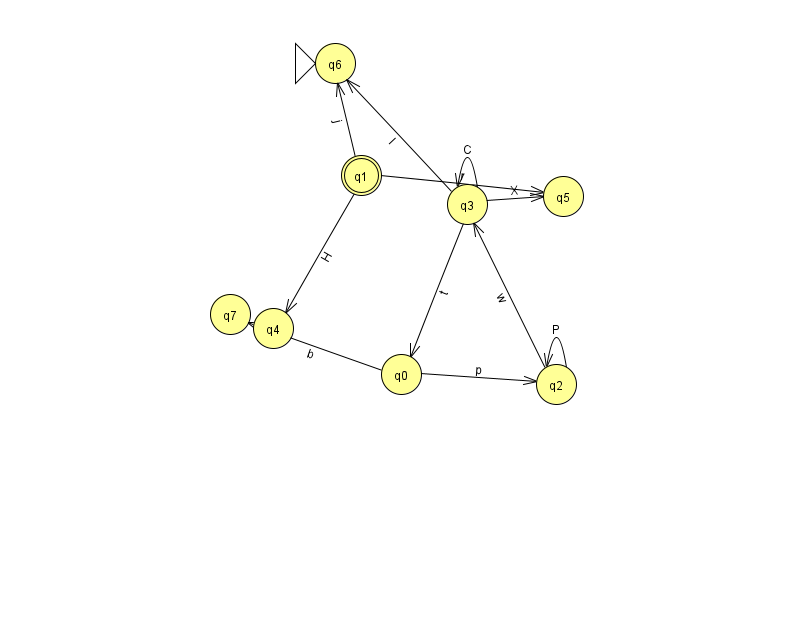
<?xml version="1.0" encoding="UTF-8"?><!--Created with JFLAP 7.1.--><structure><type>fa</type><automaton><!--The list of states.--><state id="0" name="q0"><x>401.0</x><y>361.0</y></state><state id="1" name="q1"><x>361.0</x><y>162.0</y><final/></state><state id="2" name="q2"><x>556.0</x><y>371.0</y></state><state id="3" name="q3"><x>467.0</x><y>191.0</y></state><state id="4" name="q4"><x>273.0</x><y>315.0</y></state><state id="5" name="q5"><x>563.0</x><y>183.0</y></state><state id="6" name="q6"><x>335.0</x><y>50.0</y><initial/></state><state id="7" name="q7"><x>230.0</x><y>301.0</y></state><!--The list of transitions.--><transition><from>2</from><to>2</to><read>P</read></transition><transition><from>1</from><to>6</to><read>j</read></transition><transition><from>3</from><to>6</to><read>l</read></transition><transition><from>3</from><to>0</to><read>t</read></transition><transition><from>3</from><to>3</to><read>C</read></transition><transition><from>0</from><to>7</to><read>b</read></transition><transition><from>1</from><to>5</to><read>r</read></transition><transition><from>1</from><to>4</to><read>H</read></transition><transition><from>3</from><to>5</to><read>X</read></transition><transition><from>0</from><to>2</to><read>p</read></transition><transition><from>2</from><to>3</to><read>w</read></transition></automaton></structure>